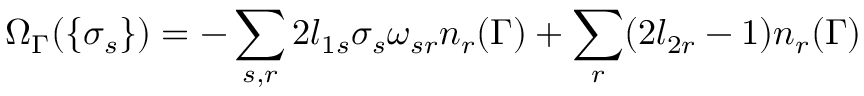
\Omega _ { \Gamma } ( \{ \sigma _ { s } \} ) = - \sum _ { s , r } 2 l _ { 1 s } \sigma _ { s } \omega _ { s r } n _ { r } ( \Gamma ) + \sum _ { r } ( 2 l _ { 2 r } - 1 ) n _ { r } ( \Gamma )